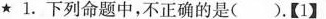
★1.下列命题中，不正确的是().【1】